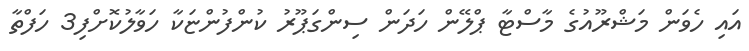
އައި ހެވަން މަޝްރޫއުގެ މާސްޓާ ޕްލޭން ހަދަން ސިންގަޕޫރު ކުންފުންޏަކާ ހަވާލުކޮށްފި3 ހަފްތާ